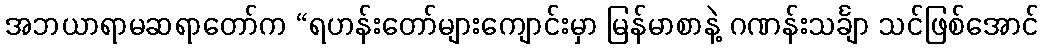
အဘယာရာမဆရာတော်က “ရဟန်းတော်များကျောင်းမှာ မြန်မာစာနဲ့ ဂဏန်းသင်္ချာ သင်ဖြစ်အောင်